Vaccine operations Central Provinces 1868-1885 - 1868-1885
Year: 1868
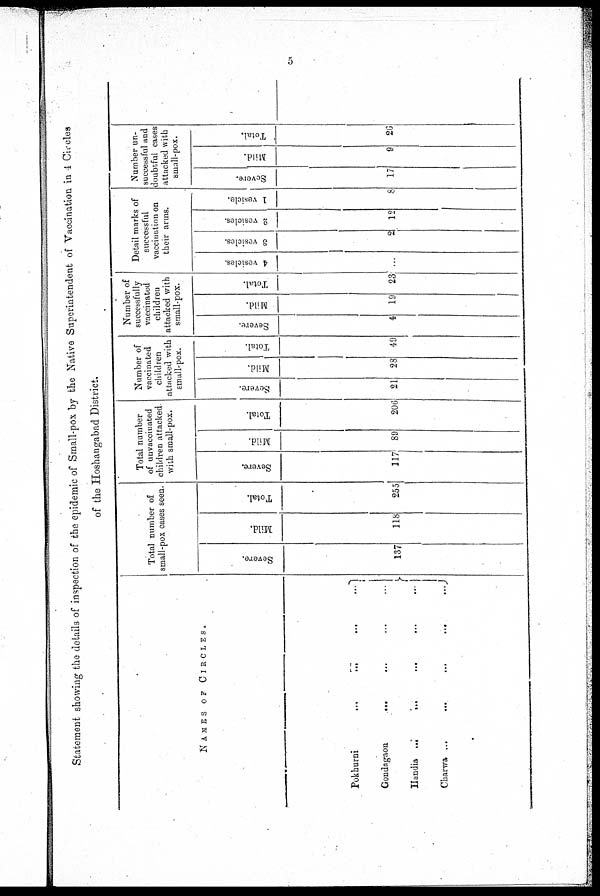
5
Statement showing the details of inspection of the epidemic of Small-pox by the Native Superintendent of Vaccination in 4 Circles
of the Hoshangabad District.
NAMES OF CIRCLES.
Pokhurni ...
...
...
...
Condagaon... ... ...
Handia...
...
...
Charwa...
...
...
Total number of
small-pox cases seen.
Severe.
137
Mild.
118
Total.
255
Total number
of unvaccinated
children attacked
with small-pox.
Severe.
117
Mild.
89
Total.
206
Number of
vaccinated
children
attacked with
small-pox.
Severe.
21
Mild.
28
Total.
49
Number of
successfully
vaccinated
children
attacked with
small-pox.
Severe.
4
Mild.
10
Total.
23
Detail marks of
successful
vaccination on
their arms.
4 vesicles.
...
3 vesicles.
2
2 vesicles.
12
1 vesicle.
8
Number un-
successful and
doubtful cases
attacked with
small-pox.
Severe.
17
Mild.
9
Total.
26